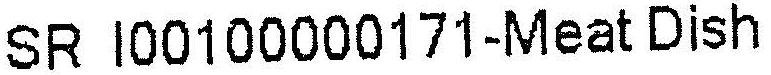
SR I00100000171-MEAT DISH